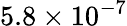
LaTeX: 5.8\times 10^{-7}